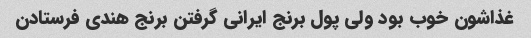
غذاشون خوب بود ولی پول برنج ایرانی گرفتن برنج هندی فرستادن